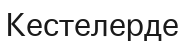
Кестелерде